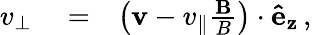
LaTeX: \begin{array}{rlr}{v_{\perp}}&{{}=}&{\left(\mathbf{v}-v_{\parallel}\frac{\mathbf{B}}{B}\right)\cdot\mathbf{\hat{e}_{z}}\, ,}\end{array}